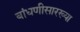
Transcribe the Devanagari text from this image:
बांधणीसारख्या